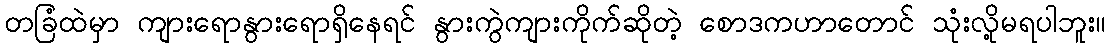
တခြံထဲမှာ ကျားရောနွားရောရှိနေရင် နွားကွဲကျားကိုက်ဆိုတဲ့ စောဒကဟာတောင် သုံးလို့မရပါဘူး။